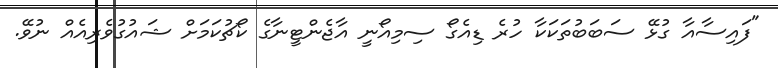
"ފައިސާއާ ގުޅޭ ސަބަބުތަކަކާ ހުރެ ޑިއެގޯ ސިމިއޯނީ އާޖެންޓީނާގެ ކޯޗުކަމަށް ޝައުގުވެރިއެއް ނުވޭ.